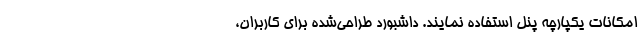
امکانات یکپارچه پنل استفاده نمایند. داشبورد طراحی‌شده برای کاربران،